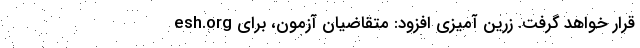
esh.org قرار خواهد گرفت. زرین آمیزی افزود: متقاضیان‌ آزمون‌، برای